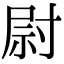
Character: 尉